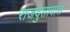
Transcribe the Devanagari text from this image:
राजदुतावास